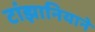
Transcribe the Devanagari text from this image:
टांझानियाने